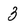
Character: 3